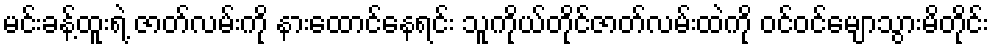
မင်းခန့်ထူးရဲ့ ဇာတ်လမ်းကို နားထောင်နေရင်း သူကိုယ်တိုင်ဇာတ်လမ်းထဲကို ဝင်ဝင်မျောသွားမိတိုင်း